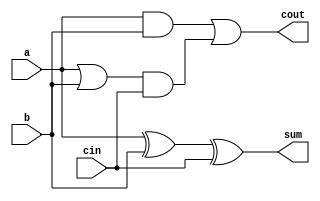
//fpga4student.com: FPga projects, Verilog projects, VHDL projects
// Verilog code for full adder
 module adder(sum,cout,a,b,cin);  
 input  a,b,cin;  
 output cout,sum;  
 // sum = a xor b xor cin  
 xor #(50) (sum,a,b,cin);  
 // carry out = a.b + cin.(a+b)  
 and #(50) and1(c1,a,b);  
 or #(50) or1(c2,a,b);  
 and #(50) and2(c3,c2,cin);  
 or #(50) or2(cout,c1,c3);  
 endmodule